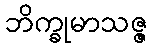
ဘိက္ခုမာသဇ္ဇ